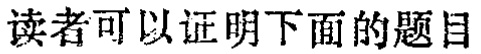
读者可以证明下面的题目